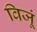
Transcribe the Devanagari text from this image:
विजूं